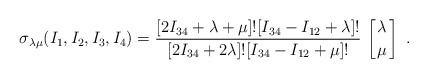
\begin{align*}\sigma_{\lambda\mu} (I_1,I_2,I_3,I_4)={[2I_{34}+\lambda+\mu]![I_{34}-I_{12}+\lambda]!\over[2I_{34}+2\lambda]![I_{34}-I_{12}+\mu]!}\,\left[{\lambda\atop\mu}\right] \ .\end{align*}